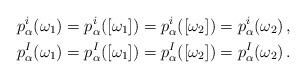
LaTeX: \begin{gather*}p^i_\alpha(\omega_1) = p_\alpha^i([\omega_1]) = p_\alpha^i([\omega_2]) = p^i_\alpha(\omega_2) \, , \\p^I_\alpha(\omega_1) = p_\alpha^I([\omega_1]) = p_\alpha^I([\omega_2]) = p^I_\alpha(\omega_2) \, .\end{gather*}